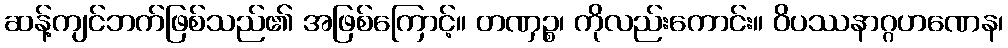
ဆန့်ကျင်ဘက်ဖြစ်သည်၏ အဖြစ်ကြောင့်။ တဏှဉ္စ၊ ကိုလည်းကောင်း။ ဝိပဿနာဂ္ဂဟဏေန၊